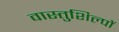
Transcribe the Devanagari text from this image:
वास्तुशिल्पों